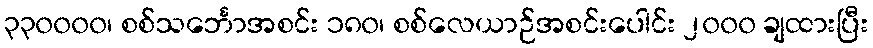
၃၃၀၀၀၀၊ စစ်သင်္ဘောအစင်း ၁၈၀၊ စစ်လေယာဉ်အစင်းပေါင်း ၂၀၀၀ ချထားပြီး